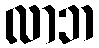
လာဘ